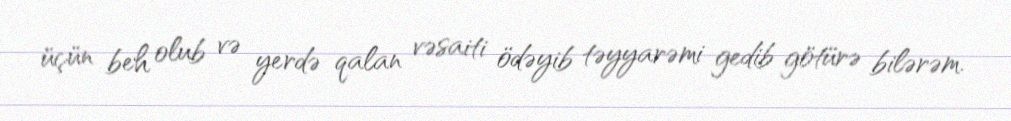
üçün beh olub və yerdə qalan vəsaiti ödəyib təyyarəmi gedib götürə bilərəm.